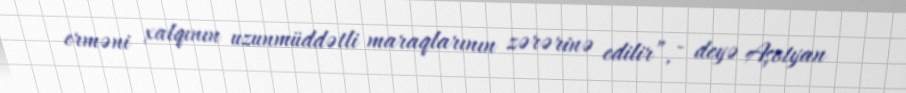
erməni xalqının uzunmüddətli maraqlarının zərərinə edilir”, - deyə Aşotyan